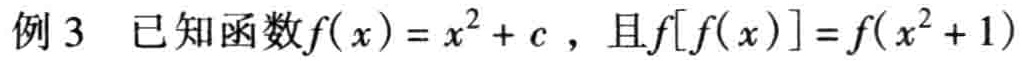
例 3 已知函数\(f(x)=x^{2}+c\)，且\(f[f(x)] = f(x^{2}+1)\)